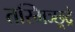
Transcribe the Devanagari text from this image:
तस्मिञ्छूद्रे